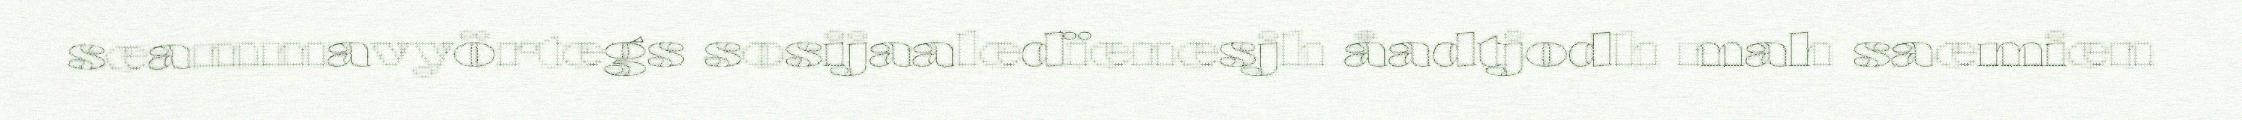
seammavyörtegs sosijaaledïenesjh åadtjodh mah saemien